Report on the bubonic plague in Bombay, 1896-1897
Year: 1896
Disease focus: Plague
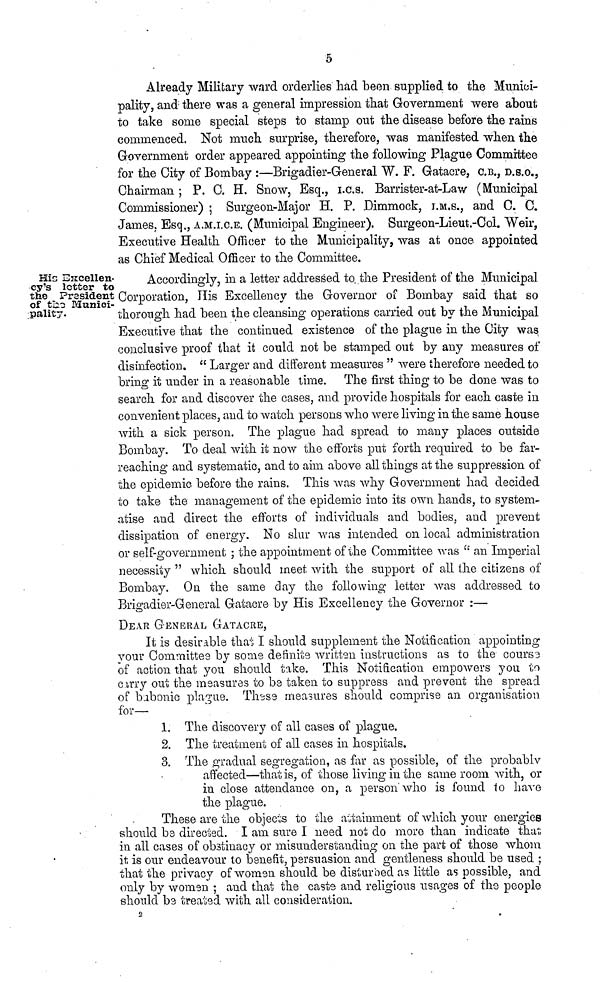
His Excellency's-
cy's letter to
the President
of the Munici-
pality.
5
Already Military ward orderlies had been supplied to the Munici-
pality, and there was a general impression that Government were about
to take some special steps to stamp out the disease before the rains
commenced. Not much surprise, therefore, was manifested when the
Government order appeared appointing the following Plague Committee
for the City of Bombay :—Brigadier-General W. F. Gatacre, C.B., D.S.O.,
Chairman ; P. C. H. Snow, Esq., i.c.s. Barrister-at-Law (Municipal
Commissioner) ; Surgeon-Major H. P. Dimmock, T.M.S., and C. C.
James. Esq., A.M.I.C.E. (Municipal Engineer). Surgeon-Lieut.-Col. Weir,
Executive Health Officer to the Municipality, was at once appointed
as Chief Medical Officer to the Committee.
Accordingly, in a letter addressed to. the President of the Municipal
Corporation, His Excellency the Governor of Bombay said that so
thorough had been the cleansing operations carried out by the Municipal
Executive that the continued existence of the plague in the City was
conclusive proof that it could not be stamped out by any measures of
disinfection. " Larger and different measures " were therefore needed to
brine 1 it under in a reasonable time. The first thing to be done was to
search for and discover the cases, and provide hospitals for each caste in
convenient places, and to watch persons who were living in the same house
with a sick person. The plague had spread to many places outside
Bombay. To deal with it now the efforts put forth required to be far-
reaching and systematic, and to aim above all things at the suppression of
the epidemic, before the rains. This was why Government had decided
to take the management of the epidemic into its own hands, to system-
atise and direct the efforts of individuals and bodies, and prevent
dissipation of energy. No slur was intended on local administration
or self-government ; the appointment of the Committee was u an Imperial
necessity " which should meet with the support of all the citizens of
Bombay. On the same day the following letter was addressed to
Brigadier-General Gatacre by His Excellency the Governor :—
DEAR GENERAL GATACRE,
It is desirable that I should supplement the Notification appointing
your Committee by some definite written instructions as to the' course
of action that you should take. This Notification empowers you to
cirry out the measures to be taken to suppress and prevent the spread
of babonic plague. These measures should comprise an organisation
for—
1. The discovery of all cases of plague.
2. The treatment of all cases in hospitals.
3. The gradual segregation, as far as possible, of the probablv
affected—that is, of those living in the same room with, or
in close attendance on, a person'who is found to have
the plague.
These are the objects to the attainment of which your energies
should be directed. I am sure I need not do more than indicate that
in all cases of obstinacy or misunderstanding on the part of those whom
it is our endeavour to benefit, persuasion and gentleness should be used ;
that the privacy of women should be disturbed as little as possible, and
only by women ; and that the caste and religious usages of the people
should be treated with all consideration.